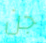
جن